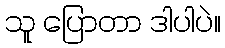
သူ ပြောတာ ဒါပါပဲ။